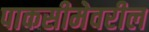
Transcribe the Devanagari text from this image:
पाकसीमेवरील